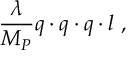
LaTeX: \frac { \lambda } { M _ { P } } q \cdot q \cdot q \cdot l ~ ,